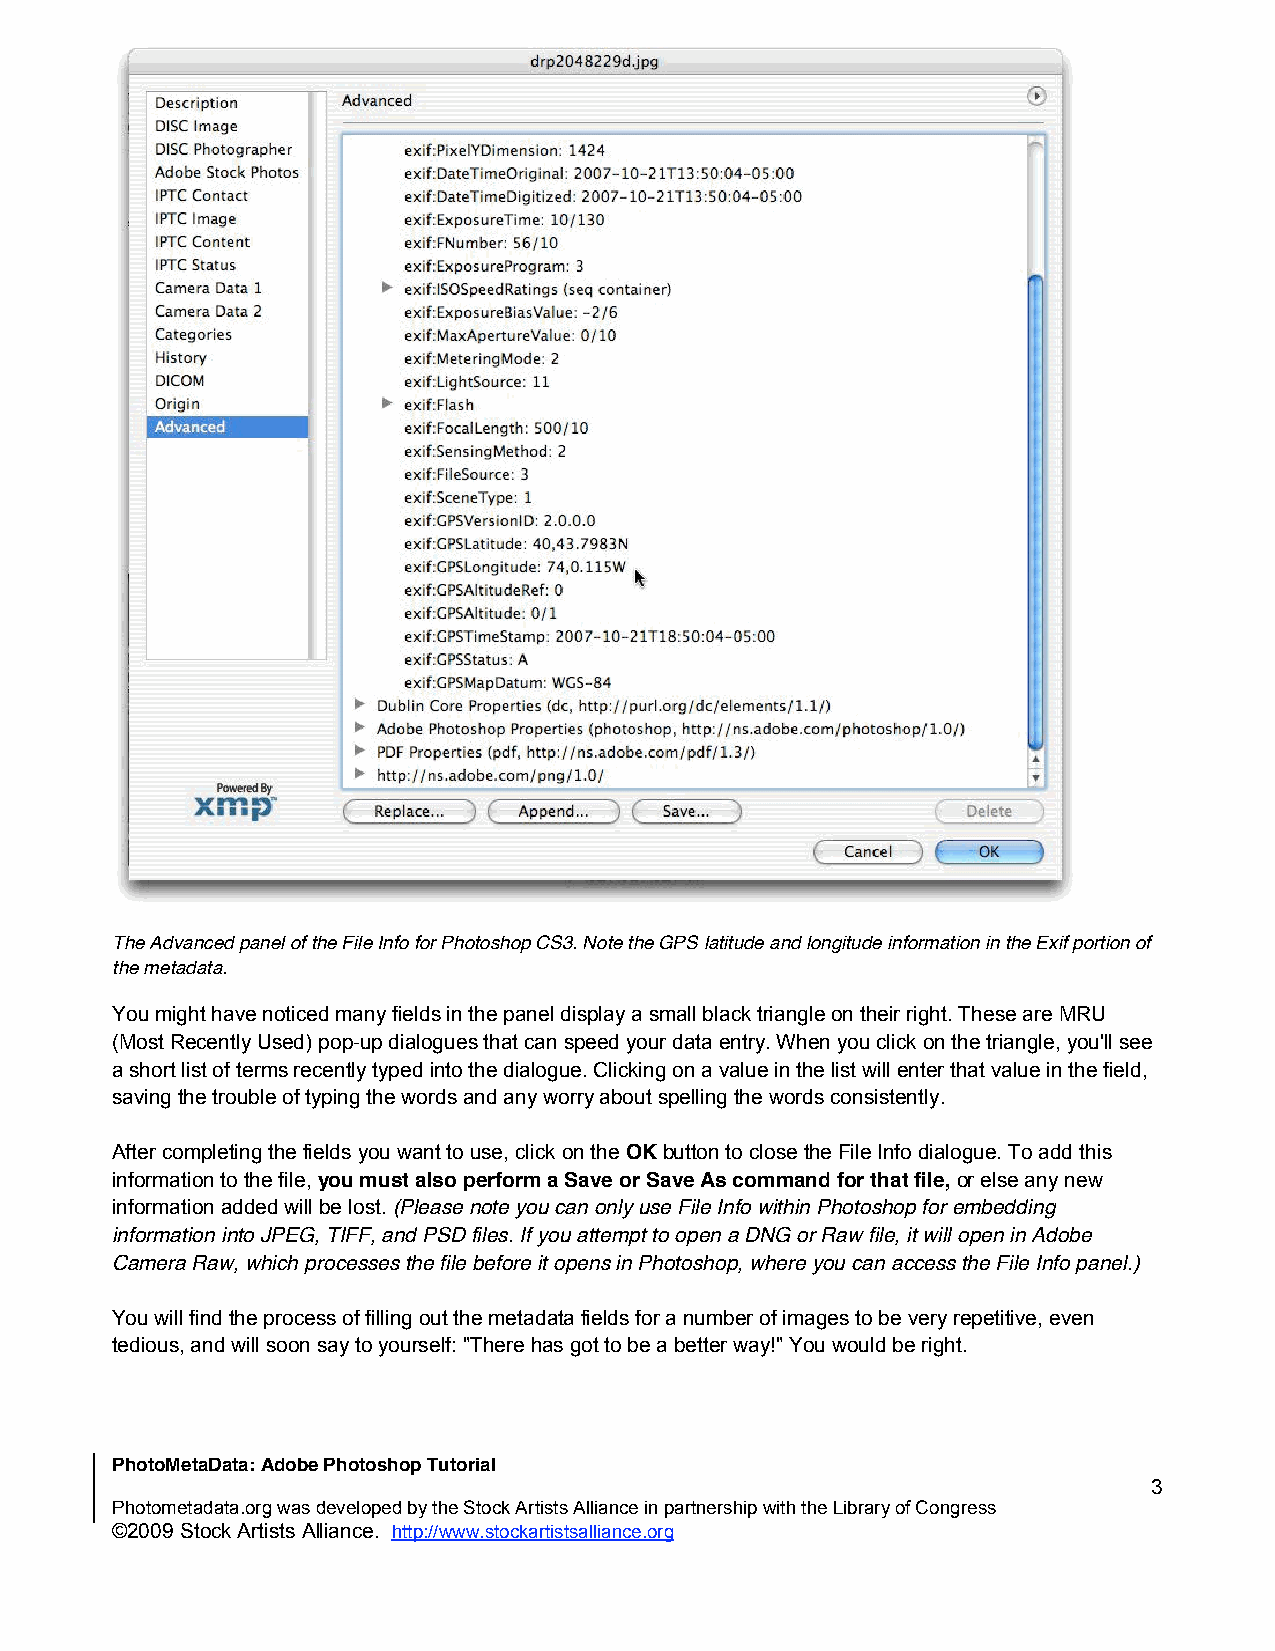
The Advanced panel of the File Info for Photoshop CS3. Note the GPS latitude and longitude information in the Exif portion of
 the metadata.
 You might have noticed many fields in the panel display a small black triangle on their right. These are MRU
 (Most Recently Used) pop-up dialogues that can speed your data entry. When you click on the triangle, you'll see
 a short list of terms recently typed into the dialogue. Clicking on a value in the list will enter that value in the field,
 saving the trouble of typing the words and any worry about spelling the words consistently.
 After completing the fields you want to use, click on the OK button to close the File Info dialogue. To add this
 information to the file, you must also perform a Save or Save As command for that file, or else any new
 information added will be lost. (Please note you can only use File Info within Photoshop for embedding
 information into JPEG, TIFF, and PSD files. If you attempt to open a DNG or Raw file, it will open in Adobe
 Camera Raw, which processes the file before it opens in Photoshop, where you can access the File Info panel.)
 You will find the process of filling out the metadata fields for a number of images to be very repetitive, even
 tedious, and will soon say to yourself: "There has got to be a better way!" You would be right.
 PhotoMetaData: Adobe Photoshop Tutorial
 3
 Photometadata.org was developed by the Stock Artists Alliance in partnership with the Library of Congress
 ©2009 Stock Artists Alliance. http://www.stockartistsalliance.org